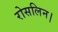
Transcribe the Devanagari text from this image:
रोसलिन।